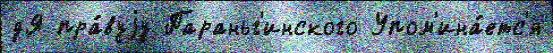
дЯ пра́вуjу Параньг'инского Упом'ина́етс'я